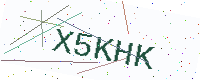
Text: X5KHK